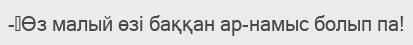
-	Өз малый өзі баққан ар-намыс болып па!